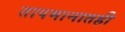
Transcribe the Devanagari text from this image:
तापमानातही